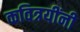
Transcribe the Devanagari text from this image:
कवित्रयींनी